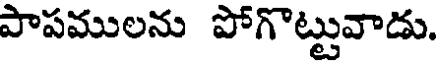
పాపములను పోగొట్టువాడు.